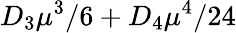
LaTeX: D_{3}\mu^{3}/6+D_{4}\mu^{4}/24